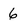
Character: 6